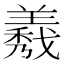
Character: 𦏁